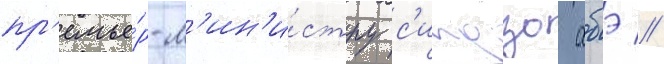
пр'емье́р-м'ин'и́стру с'индзо абэ //